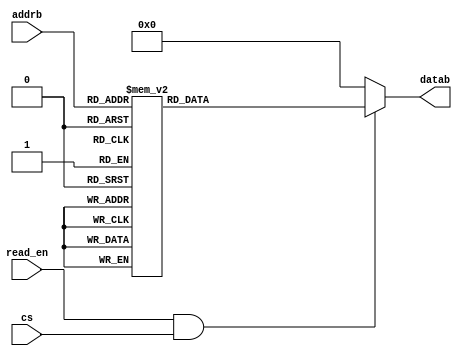
module ROM1_8x8 (cs, addrb, datab, read_en);

	input [2:0] addrb;
	output [7:0] datab;
	input read_en, cs;
	
	reg [7:0] datab;
	
	always @ (*)
		if  (read_en & cs)
			case (addrb)
				0: datab = 21;
				1: datab = 255;
				2: datab = 33;
				3: datab = 99;
				4: datab = 127;
				5: datab = 13;
				6: datab = 10;
				7: datab = 88;
			endcase
		else
			datab = 8'b0;

endmodule